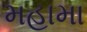
મહામા